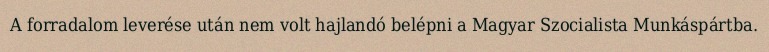
A forradalom leverése után nem volt hajlandó belépni a Magyar Szocialista Munkáspártba.